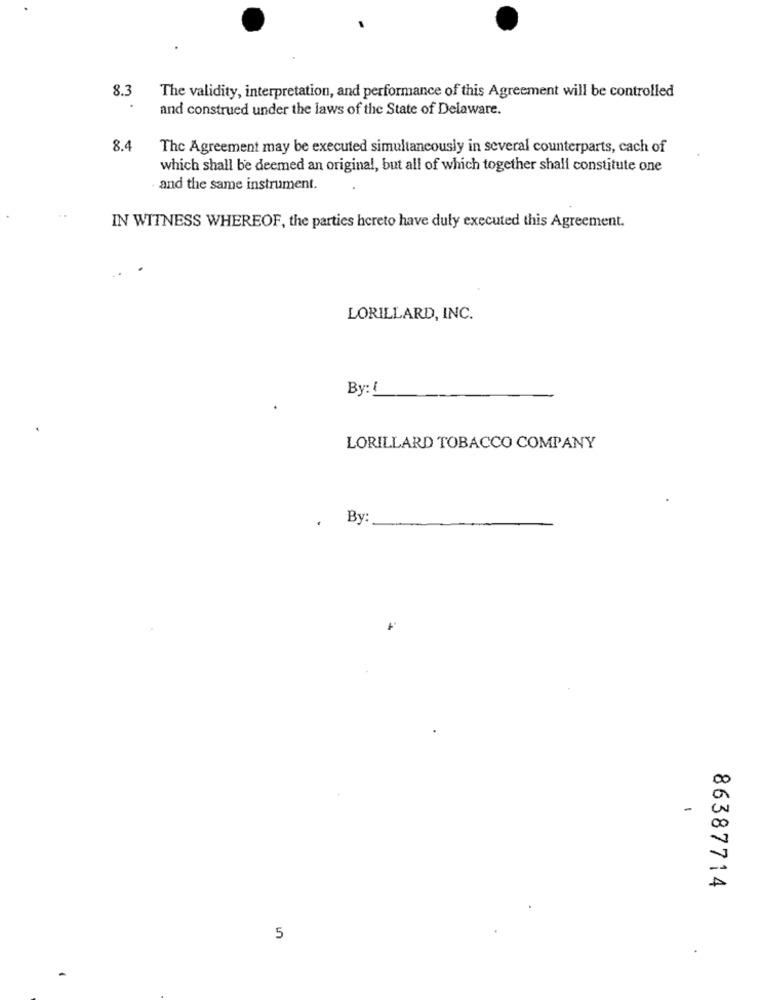
8.3
The validity, interpretation, and performance of this Agreement will be controlled
and construed under the laws of the State of Delaware.
8.4
The Agreement may be executed simultaneously in several counterparts, cach of
which shall be deemed an original, but all of which together shall constitute one
and the same instrument.
IN WITNESS WHEREOF, the parties hereto have duly executed this Agreement.
LORILLARD, INC.
By: 1
LORILLARD TOBACCO COMPANY
. By:
-
86387714
5